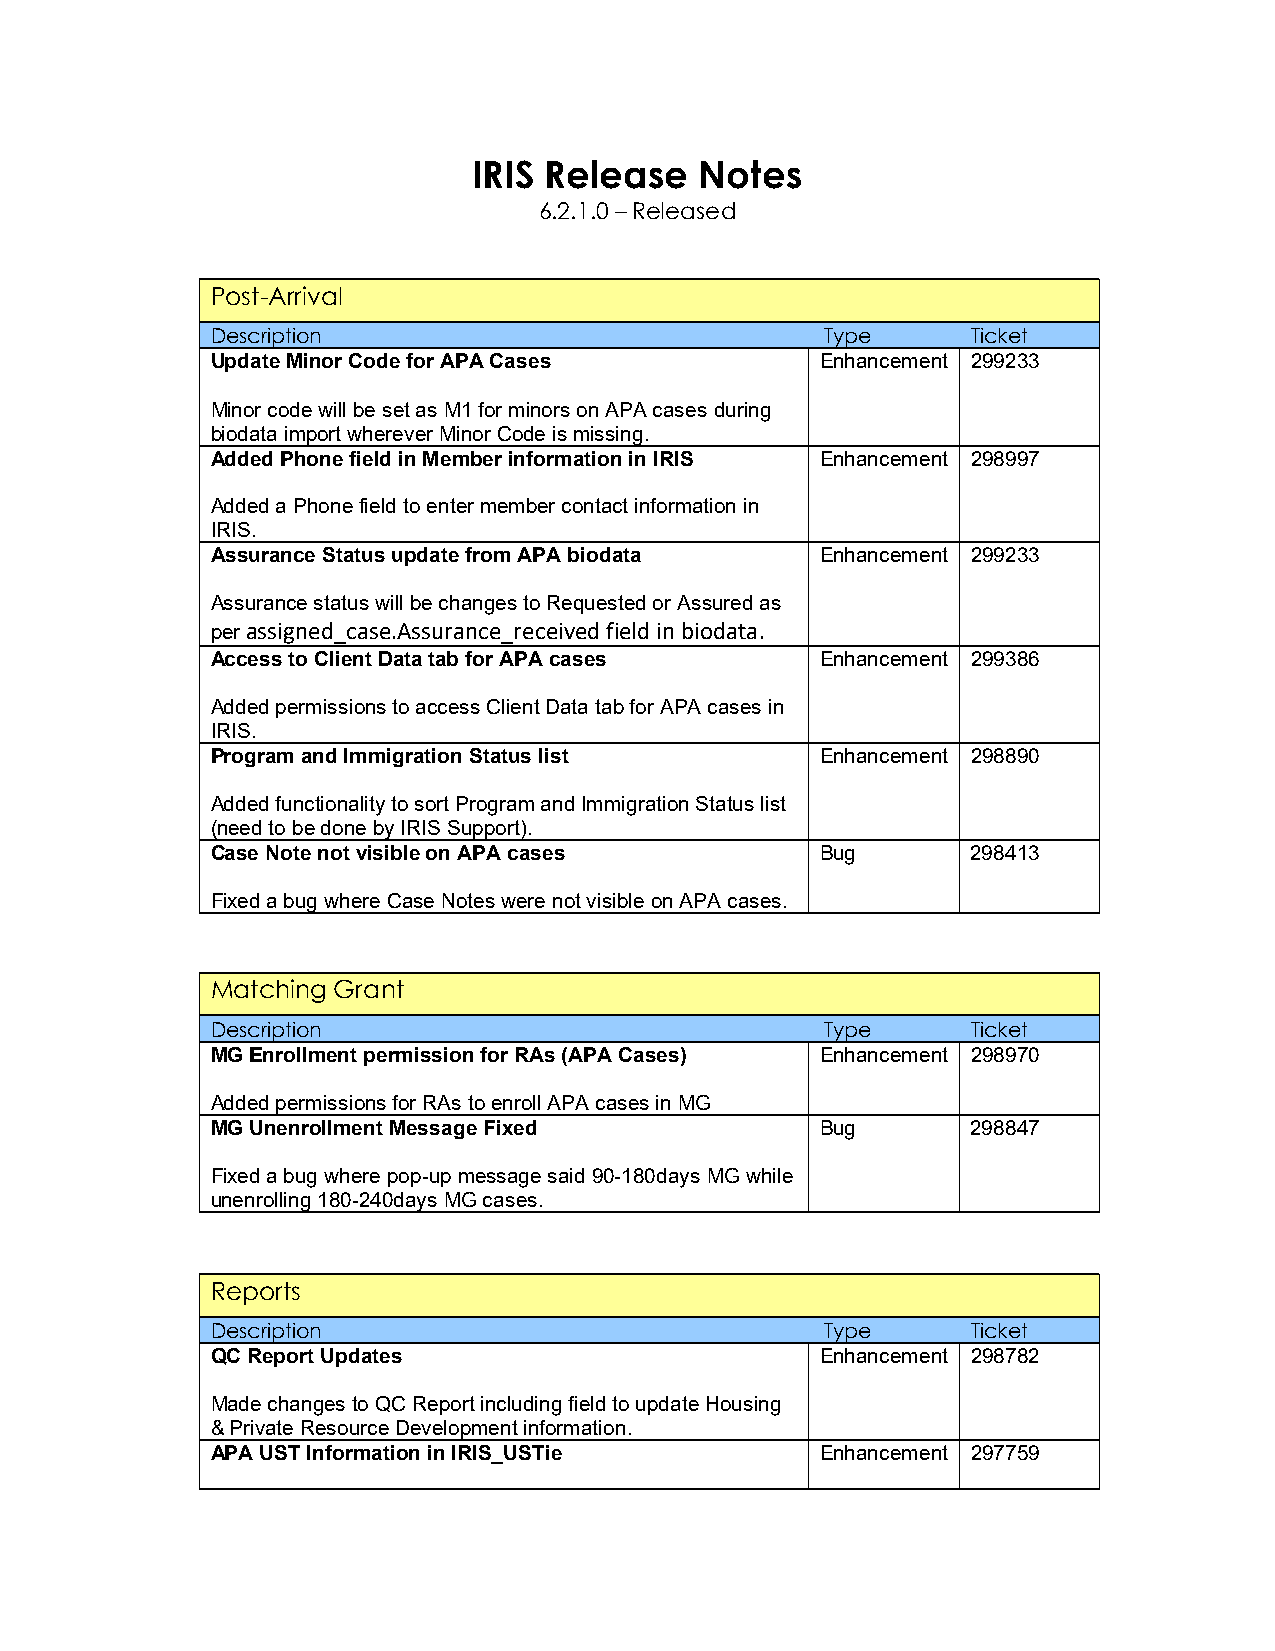
IRIS Release   Notes
 6.2.1.0 – Released
 Post-Arrival
 Description                              Type     Ticket
 Update Minor Code for APA Cases         Enhancement 299233
 Minor code will be set as M1 for minors on APA cases during
 biodata import wherever Minor Code is missing.
 Added Phone field in Member information in IRIS Enhancement 298997
 Added a Phone field to enter member contact information in
 IRIS.
 Assurance Status update from APA biodata Enhancement 299233
 Assurance status will be changes to Requested or Assured as
 per assigned_case.Assurance_received field in biodata.
 Access to Client Data tab for APA cases Enhancement 299386
 Added permissions to access Client Data tab for APA cases in
 IRIS.
 Program and Immigration Status list     Enhancement 298890
 Added functionality to sort Program and Immigration Status list
 (need to be done by IRIS Support).
 Case Note not visible on APA cases      Bug       298413
 Fixed a bug where Case Notes were not visible on APA cases.
 Matching Grant
 Description                              Type     Ticket
 MG Enrollment permission for RAs (APA Cases) Enhancement 298970
 Added permissions for RAs to enroll APA cases in MG
 MG Unenrollment Message Fixed           Bug       298847
 Fixed a bug where pop-up message said 90-180days MG while
 unenrolling 180-240days MG cases.
 Reports
 Description                              Type     Ticket
 QC Report Updates                       Enhancement 298782
 Made changes to QC Report including field to update Housing
 & Private Resource Development information.
 APA UST Information in IRIS_USTie       Enhancement 297759